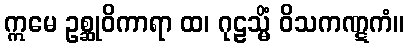
ဣမေ ဥစ္ဆုဝိကာရာ ထ၊ ဂုဠသ္မိံ ဝိသကဏ္ဋကံ။